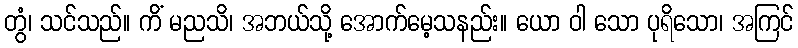
တွံ၊ သင်သည်။ ကိံ မညသိ၊ အဘယ်သို့ အောက်မေ့သနည်း။ ယော ဝါ သော ပုရိသော၊ အကြင်